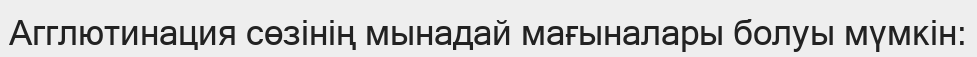
Агглютинация сөзінің мынадай мағыналары болуы мүмкін: